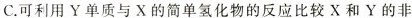
C.可利用Y单质与X的简单氢化物的反应比较X和Y的非